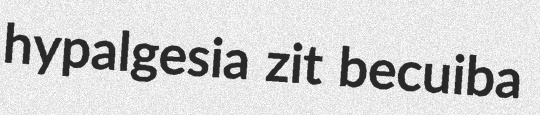
hypalgesia zit becuiba